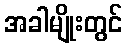
အခါမျိုးတွင်